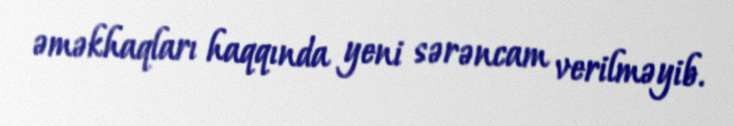
əməkhaqları haqqında yeni sərəncam verilməyib.